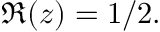
\, \Re ( z ) = 1 / 2 .